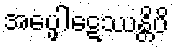
အပ္ဖေါဋေဿန္တိပိ